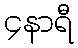
၄နာရီ